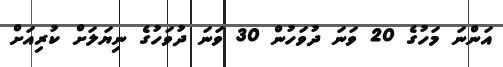
އަންނަ މަހުގެ 20 ވަނަ ދުވަހުން 30 ވަނަ ދުވަހުގެ ނިޔަލަށް ކުރިއަށް